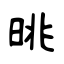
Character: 晀